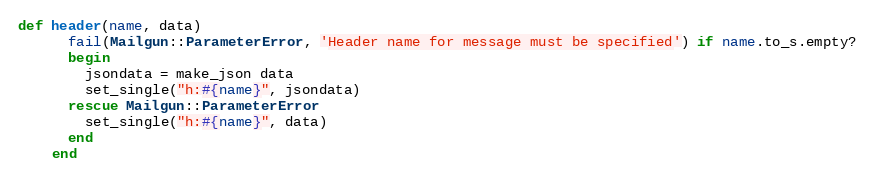
Language: Ruby
def header(name, data)
      fail(Mailgun::ParameterError, 'Header name for message must be specified') if name.to_s.empty?
      begin
        jsondata = make_json data
        set_single("h:#{name}", jsondata)
      rescue Mailgun::ParameterError
        set_single("h:#{name}", data)
      end
    end